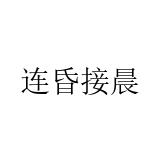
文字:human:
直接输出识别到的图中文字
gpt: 连昏接晨